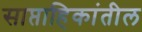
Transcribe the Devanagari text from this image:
साप्ताहिकांतील